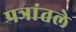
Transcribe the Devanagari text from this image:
पत्रांतले